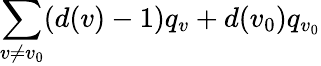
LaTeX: \sum_{v\neq v_{0}}(d(v)-1)q_{v}+d(v_{0})q_{v_{0}}